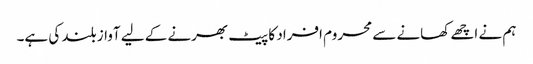
ہم نے اچھے کھانے سے محروم افراد کا پیٹ بھرنے کے لیے آواز بلند کی ہے۔